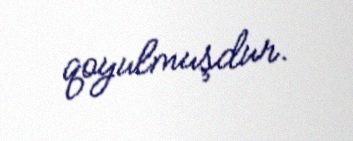
qoyulmuşdur.